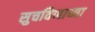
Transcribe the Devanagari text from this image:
सुचविणाच्या